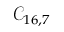
\mathcal { C } _ { 1 6 , 7 }